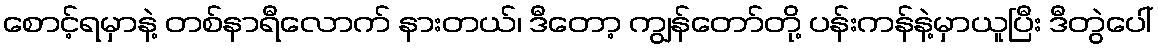
စောင့်ရမှာနဲ့ တစ်နာရီလောက် နားတယ်၊ ဒီတော့ ကျွန်တော်တို့ ပန်းကန်နဲ့မှာယူပြီး ဒီတွဲပေါ်